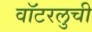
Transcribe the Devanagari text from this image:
वॉटरलुची